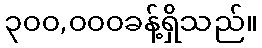
၃၀၀,၀၀၀ခန့်ရှိသည်။